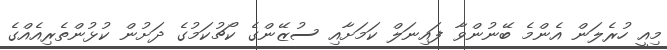
މިއީ ހުރެލަން އެންމެ ބޭނުންވާ ފައިނަލް ކަމަށާއި ސުޒޭންގެ ކޯޗުކަމުގެ ދަށުން ކުޅުންތެރިއެއްގެ